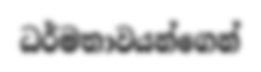
ධර්මතාවයන්ගෙන්